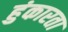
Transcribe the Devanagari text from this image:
हुंकारता